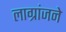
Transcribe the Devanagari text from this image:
लाग्रांजने